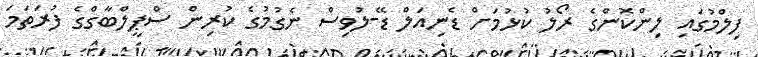
ފިލްމުގައި ލިންކޮންގެ ރޯލު ކުޅުމަށް ޑެނިއަލް ޑޭ-ލުވިސް ނެގުމުގެ ކުރިން ސްޕީލްބާގްގެ ފުރަތަމަ